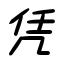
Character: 凭